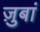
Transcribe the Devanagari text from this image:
ज़ुबां